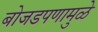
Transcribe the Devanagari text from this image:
बोजडपणामुळे